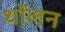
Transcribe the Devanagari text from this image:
थॉलन